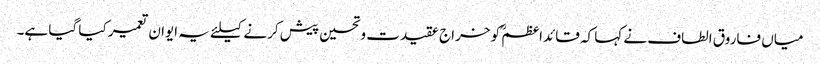
میاں فاروق الطاف نے کہا کہ قائداعظمؒ کو خراج عقیدت وتحسین پیش کرنے کیلئے یہ ایوان تعمیر کیا گیا ہے۔